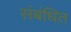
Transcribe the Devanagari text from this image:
संबंधित